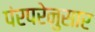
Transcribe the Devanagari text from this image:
पंरपरेनुसार